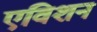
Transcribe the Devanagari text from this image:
एविशन